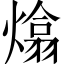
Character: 熻